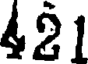
421